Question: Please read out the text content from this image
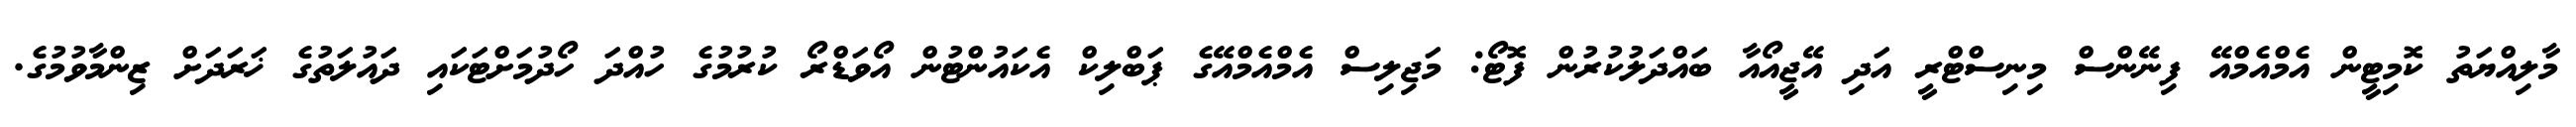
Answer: މާލިއްޔަތު ކޮމިޓީން އެމްއެމްއޭ ފިނޭންސް މިނިސްޓްރީ އަދި އޭޖީއޯއާ ބައްދަލުކުރުން ފޮޓޯ: މަޖިލިސް އެމްއެމްއޭގެ ޕަބްލިކް އެކައުންޓުން އޯވަޑްރޯ ކުރުމުގެ ހުއްދަ ހޯދުމަށްޓަކައި ދައުލަތުގެ ޚަރަދަށް ޒިންމާވުމުގެ.